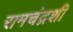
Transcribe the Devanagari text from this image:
रामचंद्रशी